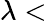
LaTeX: \lambda<